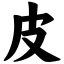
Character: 皮